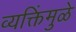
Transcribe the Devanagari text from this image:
व्यक्तिंमुळे